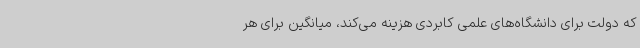
که دولت برای دانشگاه‌های علمی کابردی هزینه می‌کند، میانگین برای هر